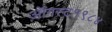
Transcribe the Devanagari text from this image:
ऑगस्ट१९८४